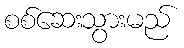
စစ်ဆေးသွားမည်